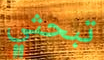
تبحثي